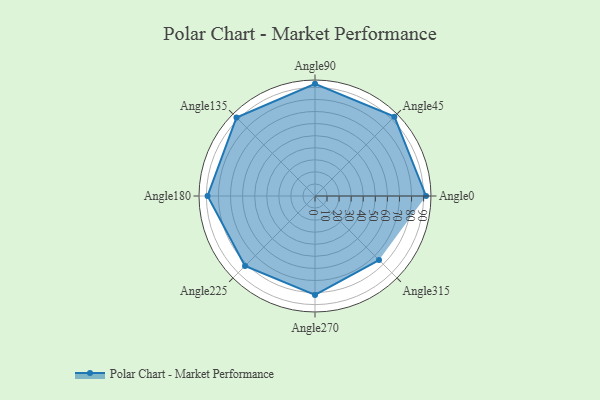
{"axis": {"x": "Angle", "y": "Radius"}, "legend": [""], "data": [{"x": "Angle0", "y": 92.0, "type": ""}, {"x": "Angle45", "y": 93.0, "type": ""}, {"x": "Angle90", "y": 93.0, "type": ""}, {"x": "Angle135", "y": 92.0, "type": ""}, {"x": "Angle180", "y": 89.0, "type": ""}, {"x": "Angle225", "y": 82.0, "type": ""}, {"x": "Angle270", "y": 82.0, "type": ""}, {"x": "Angle315", "y": 75.0, "type": ""}]}